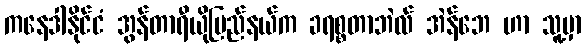
ကနေဒါနိုင်ငံ အွန်တာရီယိုပြည်နယ်က ခရစ္စတာဘဲလ် အဲန်ဘေ ဟာ သူ့မှာ